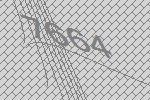
7664